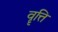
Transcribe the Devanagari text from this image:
वॄत्ति